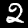
Label: 2